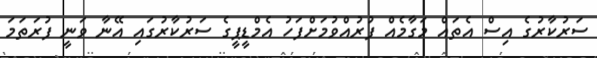
ސަރުކާރުގެ އިސް އެތައް މަގާމެއް ފުރުއްވުމަށްފަހު އެމްޑީޕީގެ ސަރުކާރުގައި އޭނާ ވަނީ ފުރަތަމަ